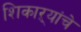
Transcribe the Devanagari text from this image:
शिकाऱ्यांचे